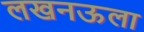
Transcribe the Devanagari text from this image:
लखनऊला